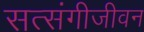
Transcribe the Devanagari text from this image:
सत्संगीजीवन